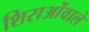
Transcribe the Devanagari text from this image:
शिराओंवाले